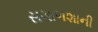
સગાળશાની